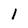
Character: I